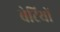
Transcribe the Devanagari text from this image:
बेटियाें